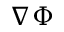
\nabla \Phi